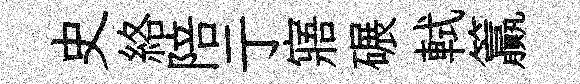
史絡陪亍寤碾軾籯